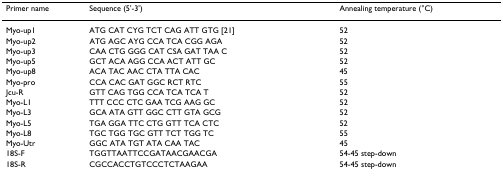
<table><thead><tr><td><b>Primer name</b></td><td><b>Sequence (5'-3')</b></td><td><b>Annealing temperature (°C)</b></td></tr></thead><tbody><tr><td>Myo-up1</td><td>ATG CAT CYG TCT CAG ATT GTG [21]</td><td>52</td></tr><tr><td>Myo-up2</td><td>ATG AGC AYG CCA TCA CGG AGA</td><td>52</td></tr><tr><td>Myo-up3</td><td>CAA CTG GGG CAT CSA GAT TAA C</td><td>52</td></tr><tr><td>Myo-up5</td><td>GCT ACA AGG CCA ACT ATT GC</td><td>52</td></tr><tr><td>Myo-up8</td><td>ACA TAC AAC CTA TTA CAC</td><td>45</td></tr><tr><td>Myo-pro</td><td>CCA CAC GAT GGC RCT RTC</td><td>55</td></tr><tr><td>Jcu-R</td><td>GTT CAG TGG CCA TCA TCA T</td><td>52</td></tr><tr><td>Myo-L1</td><td>TTT CCC CTC GAA TCG AAG GC</td><td>52</td></tr><tr><td>Myo-L3</td><td>GCA ATA GTT GGC CTT GTA GCG</td><td>52</td></tr><tr><td>Myo-L5</td><td>TGA GGA TTC CTG GTT TCA CTC</td><td>52</td></tr><tr><td>Myo-L8</td><td>TGC TGG TGC GTT TCT TGG TC</td><td>55</td></tr><tr><td>Myo-Utr</td><td>GGC ATA TGT ATA CAA TAC</td><td>45</td></tr><tr><td>18S-F</td><td>TGGTTAATTCCGATAACGAACGA</td><td>54-45 step-down</td></tr><tr><td>18S-R</td><td>CGCCACCTGTCCCTCTAAGAA</td><td>54-45 step-down</td></tr></tbody></table>